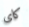
كاى